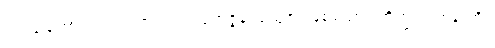
ဥပါသကော၊ ဥပါသကာသည်။ ပုထုဇ္ဇနံ၊ ပုထုဇဉ်ဖြစ်သော။ ဘိက္ခုံ၊ ရဟန်းကို။